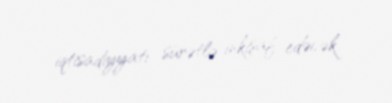
iqtisadiyyatı sürətlə inkişaf edəcək.